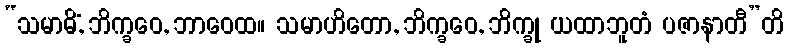
“သမာဓိံ, ဘိက္ခဝေ, ဘာဝေထ။ သမာဟိတော, ဘိက္ခဝေ, ဘိက္ခု ယထာဘူတံ ပဇာနာတီ”တိ